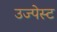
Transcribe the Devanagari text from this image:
उज्पेस्ट